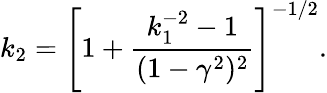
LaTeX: k_{2}=\left[1+\frac{k_{1}^{-2}-1}{(1-\gamma^{2})^{2}}\right]^{-1/2}.